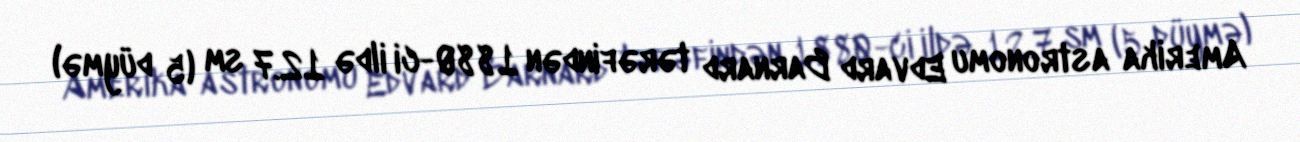
Amerika astronomu Edvard Barnard tərəfindən 1880-ci ildə 12.7 sm (5 düymə)